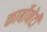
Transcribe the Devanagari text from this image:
कार्बोनेटी